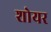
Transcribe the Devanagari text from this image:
शोयर